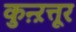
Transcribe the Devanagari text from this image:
कुऩ्ऱत्तूर